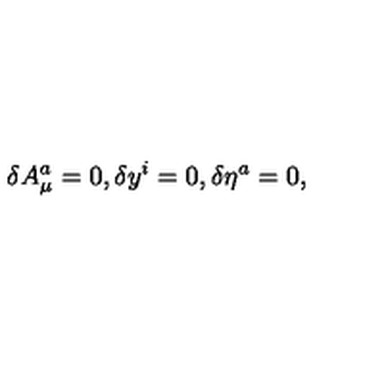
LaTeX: \delta A _ { \mu } ^ { a } = 0 , \delta y ^ { i } = 0 , \delta \eta ^ { a } = 0 ,